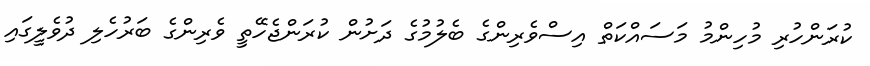
ކުރަންހުރި މުހިންމު މަސައްކަތް އިސްވެރިންގެ ބެލުމުގެ ދަށުން ކުރަންޖެހޭތީ ވެރިންގެ ބަރުހެލި ދުވެލީގައި